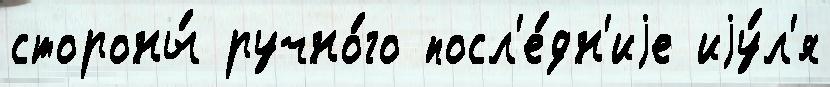
стороны́ ручно́го посл'е́дн'иjе иjу́л'я